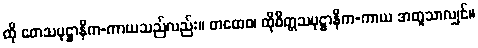
ထို တေသမုဋ္ဌာနိက-ကာယသည်လည်း။ တထေဝ၊ ထိုစိတ္တသမုဋ္ဌာနိက-ကာယ အတူသာလျှင်။